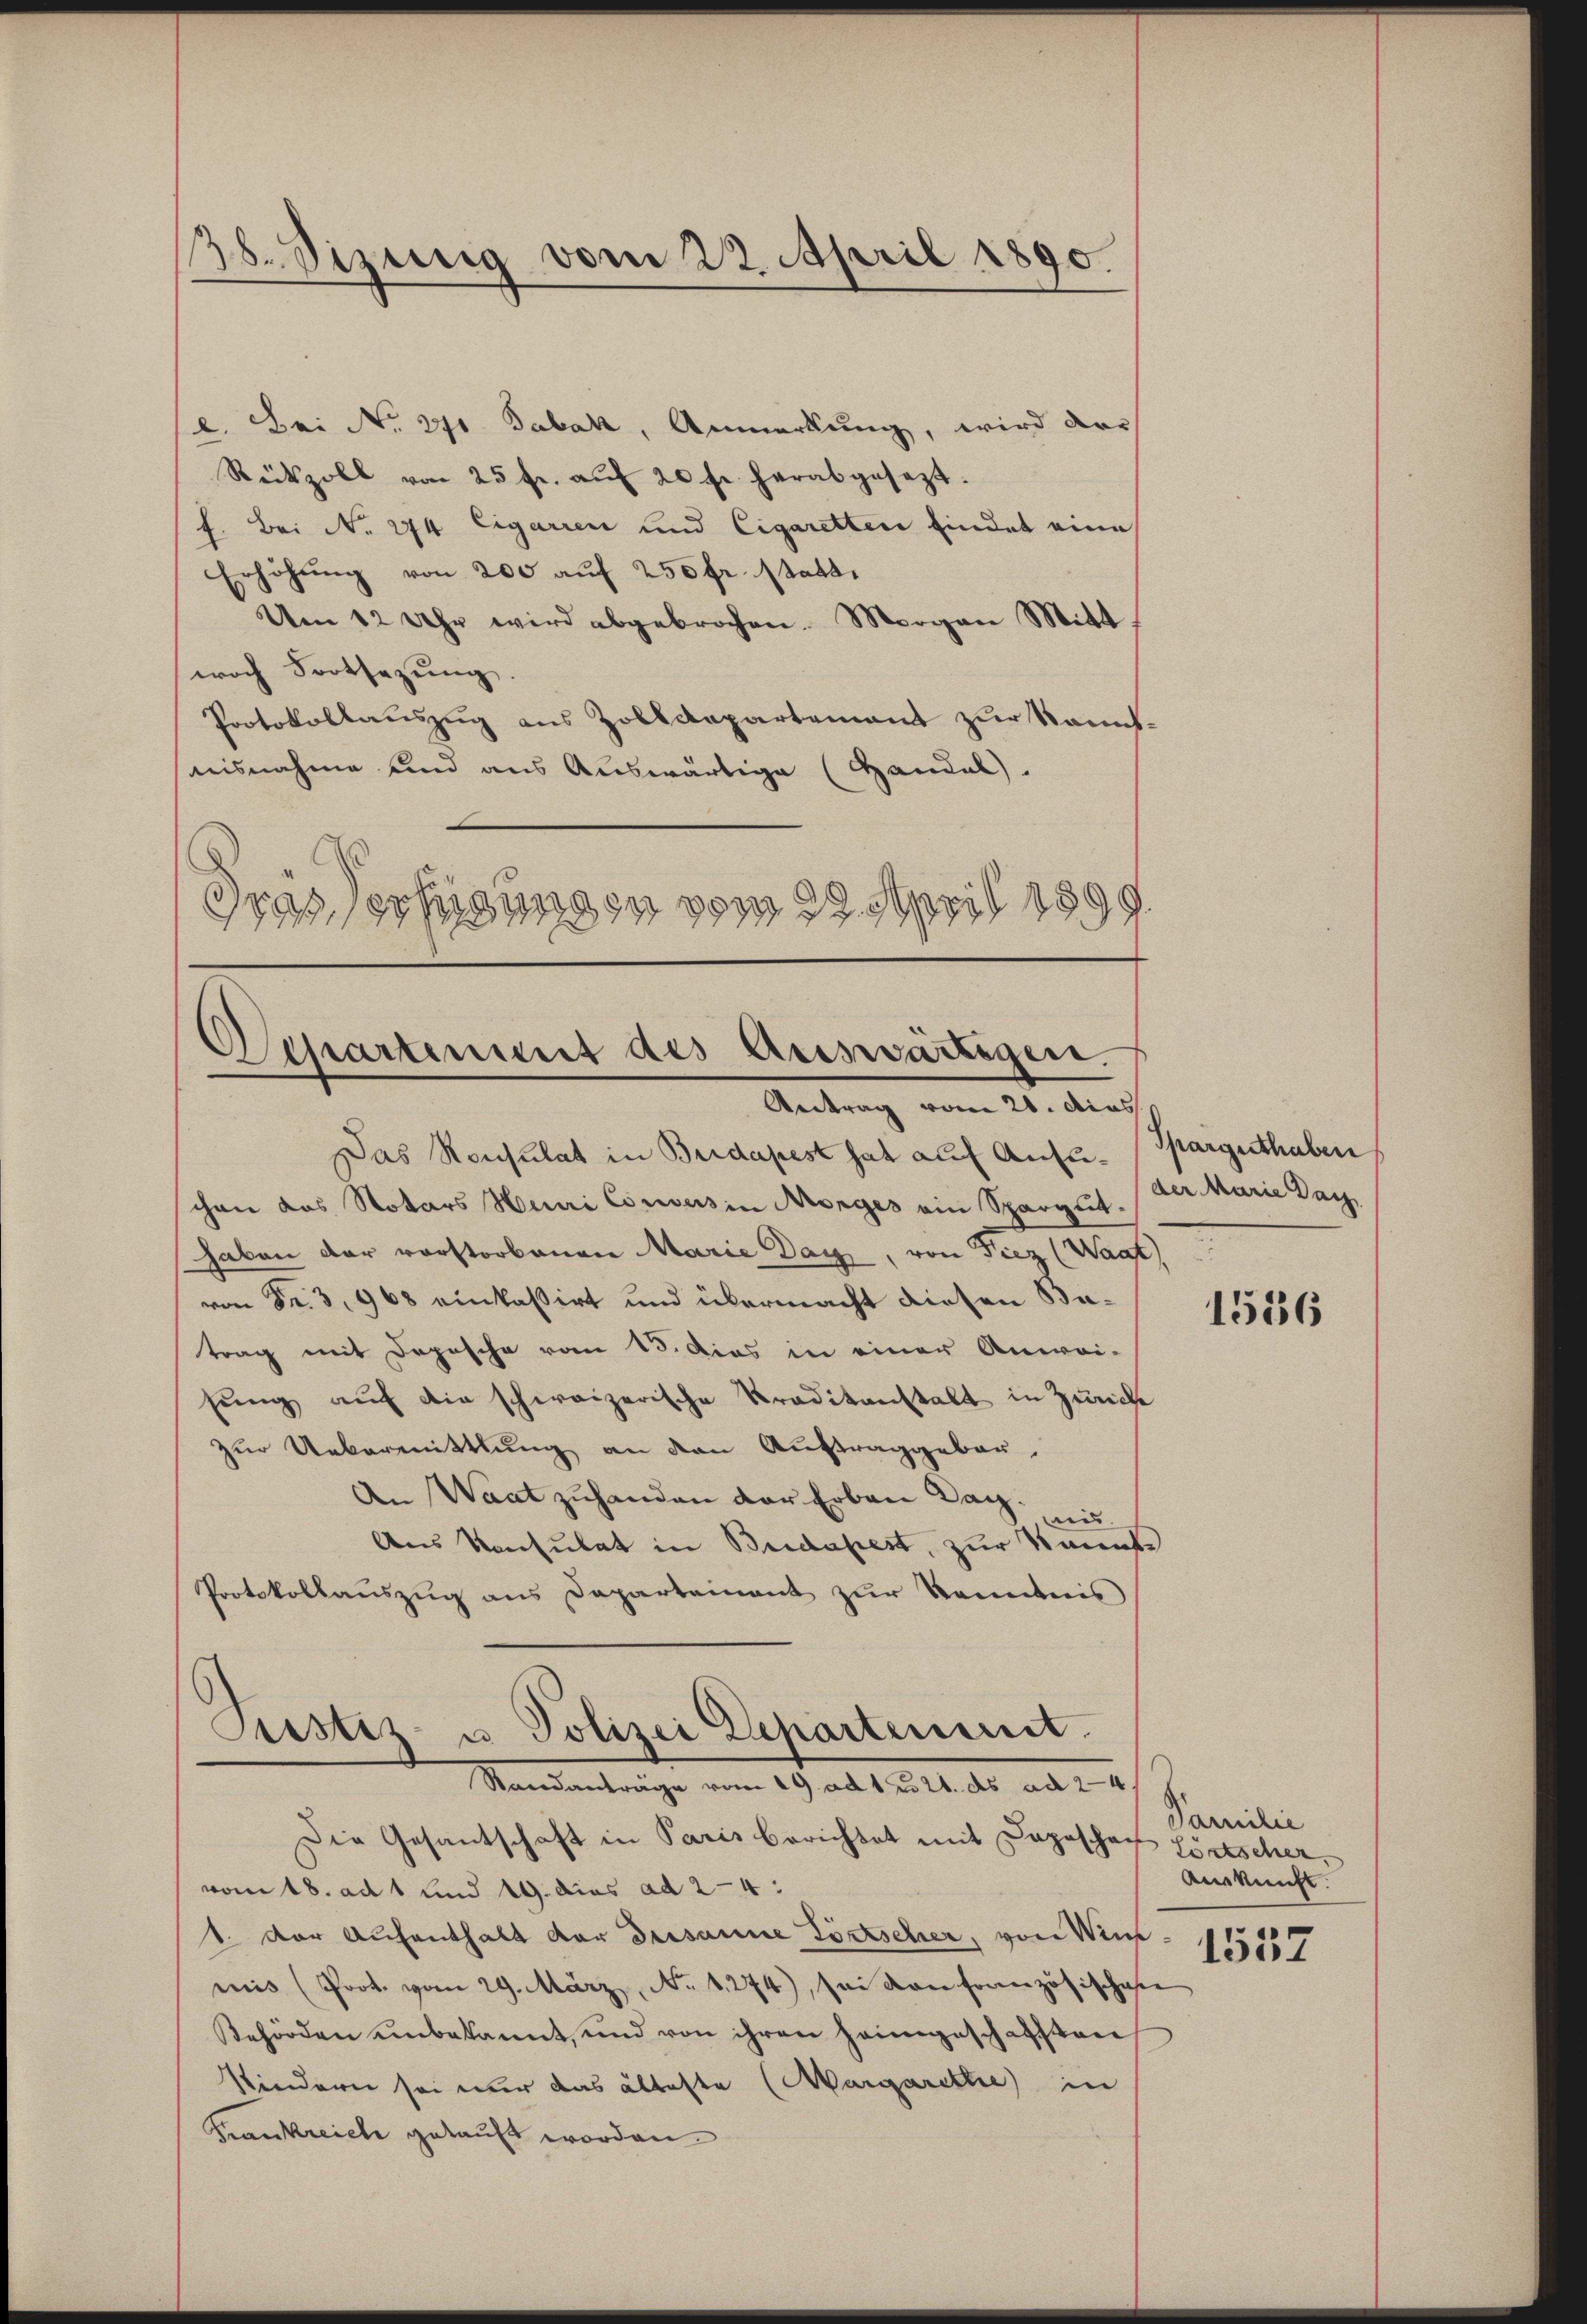
38. Sizung vom 22. April 1890.

l. Bei No 271. Tabak, Anmerkung, wird der
Reikzoll von 25 fr. aŭf 20 fr. herabgesezt.
f. Bei No 274 Cigarren und Cigaretten findet eine
Erhöhŭng von 200 auf 250 fr. statt.
Um 12 Uhr wird abgebrochen. Morgen Mitt
woch Fortsezung.
Protokollauszug aus Zolldepartement zur kanntnisnahme und aus Auswärtige (Handel.
Gras Verfügung zu vom 29. April 1899.

Separtement des Auswärtigen.
Antrag vom 21. dies

Das Ronsulat in Budapest hat auf Ansuchen das Notars Heuri Consers in Morges ein Spargut-
haben der vorstorbenen Marie Day, von Fiez (Wagt)
von Fr. 3, 968 einkassirt und übermacht diesen Batrag mit Depesche vom 15. Das in einer Anwei-
hŭng aŭf die schweizerische Kraditanstalt in Zürich
zŭr Uebermittlung an den Auftraggebor
An Waat zuhanden der Erben Dach.
aus.
Aus Konsulat in Bridapest, zur Kennte
Protokollaŭszŭg ans Departeinant zŭr Ramdenis
Cristiz- u Polizei Departeniret.

Standanträge vom 19. ad 1. 221. ds ad 24

Sparguthaben
der Marie Dach

Die Gesantschaft in Paris berichtet mit Daposchof Zörtscher,
vom 18. ad 1 und 19. dies ad 24.
1. Der Aufenthalt der Dessame Törtscher, von Win
miis (Prot. vom 29. März, No 1274), sei von Französischehe
Behörden unbekannt, und von ihren heimgeschafften
Kindern sei nur das älteste (Margarethe in
Frankreich gekauft worden.

1516

Familie
Auskunft.
1557